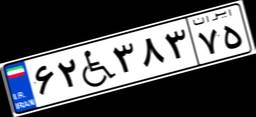
۶۲W۳۸۳۷۵